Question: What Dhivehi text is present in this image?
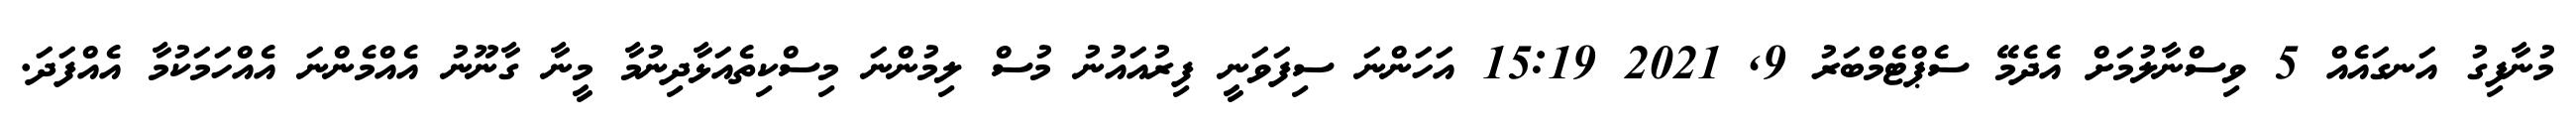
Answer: މުނާފިގު އަނގައެއް 5 ވިސްނާލުމަށް އެދެމޭ ސެޕްޓެމްބަރު 9, 2021 15:19 އަހަންނަ ސިފަވަނީ ފިރުއައުނު މުސް ލިމުންނަ މިސްކިތެއަޅާދިނުމާ މީނާ ގާނޫނު އެއްމެންނަ އެއްހަމަކުމާ އެއްފަދަ.